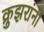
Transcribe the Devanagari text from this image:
क्रुझरांनी